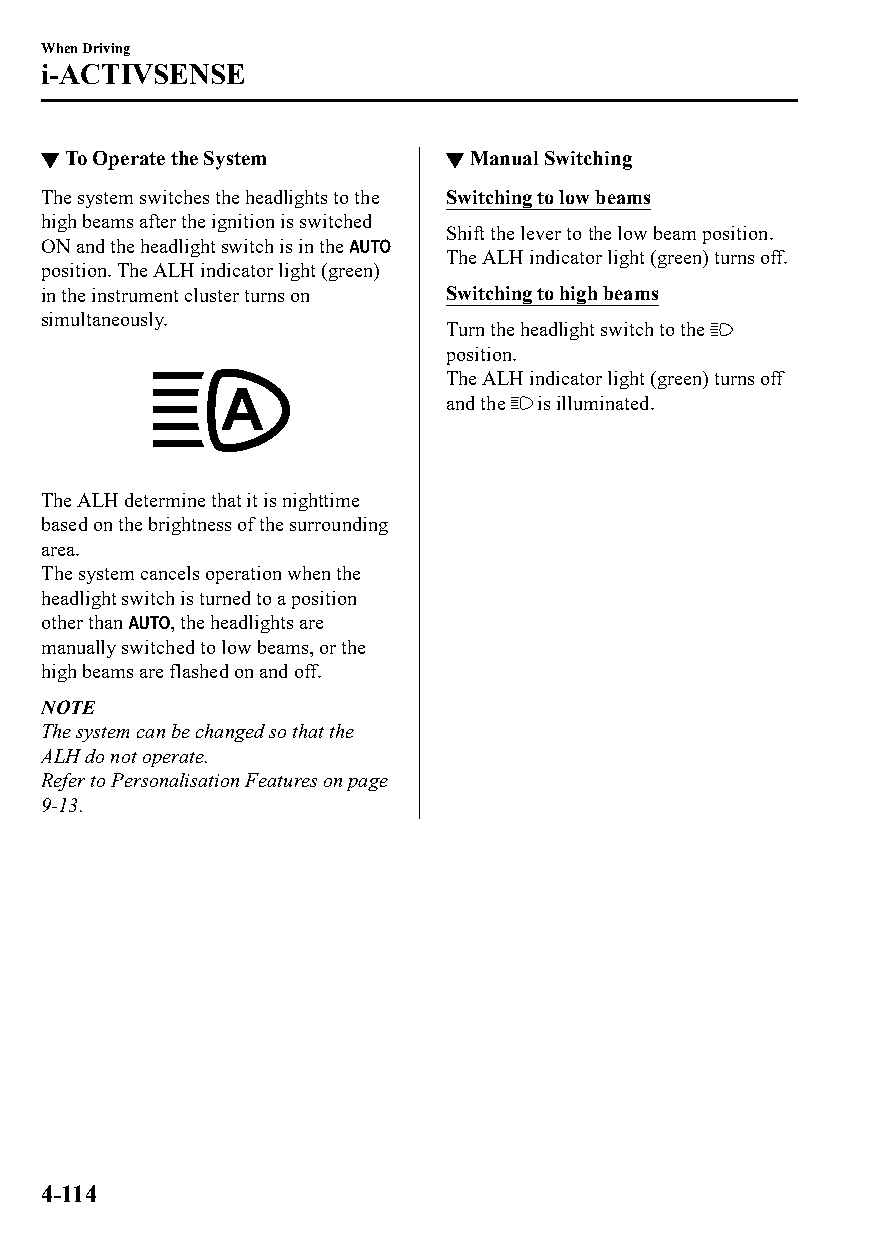
When Driving
 i-ACTIVSENSE
 ▼To Operate the System     ▼Manual Switching
 The system switches the headlights to the Switching to low beams
 high beams after the ignition is switched
 Shift the lever to the low beam position.
 ON and the headlight switch is in the
 The ALH indicator light (green) turns off.
 position. The ALH indicator light (green)
 in the instrument cluster turns on Switching to high beams
 simultaneously.
 Turn the headlight switch to the
 position.
 The ALH indicator light (green) turns off
 and the is illuminated.
 The ALH determine that it is nighttime
 based on the brightness of the surrounding
 area.
 The system cancels operation when the
 headlight switch is turned to a position
 other than , the headlights are
 manually switched to low beams, or the
 high beams are flashed on and off.
 NOTE
 The system can be changed so that the
 ALH do not operate.
 Refer to Personalisation Features on page
 9-13.
 4-114
 CX-3_8GT4-EE-18D_Edition4                  2018-9-6 18:32:19